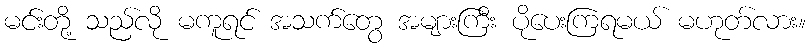
မင်းတို့ သည်လို မကူရင် အသက်တွေ အများကြီး ပိုပေးကြရမယ် မဟုတ်လား။